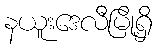
နယူးဒေလီမြို့ရှိ